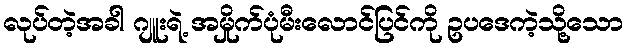
လုပ်တဲ့အခါ ဂျူးရဲ့ အမှိုက်ပုံမီးလောင်ပြင်ကို ဥပဒေကဲ့သို့သော